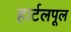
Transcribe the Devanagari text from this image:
हार्टलपूल